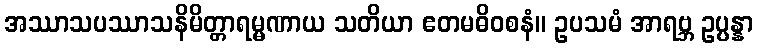
အဿာသပဿာသနိမိတ္တာရမ္မဏာယ သတိယာ ဧတမဓိဝစနံ။ ဥပသမံ အာရဗ္ဘ ဥပ္ပန္နာ